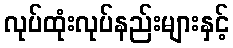
လုပ်ထုံးလုပ်နည်းများနှင့်